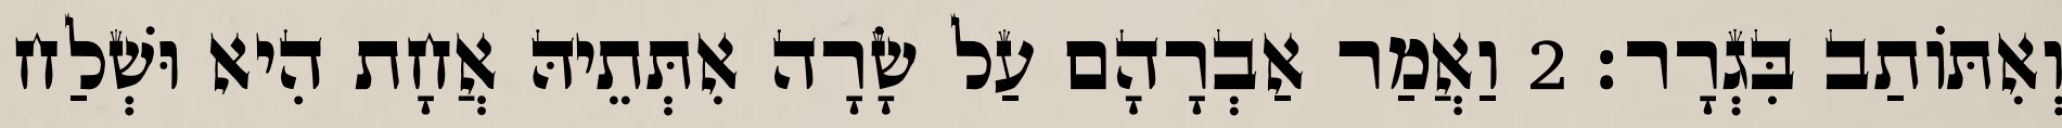
וְאִתּוֹתַב בִּגְרָר׃ 2 וַאֲמַר אַבְרָהָם עַל שָׂרָה אִתְּתֵיהּ אֲחָת הִיא וּשְׁלַח